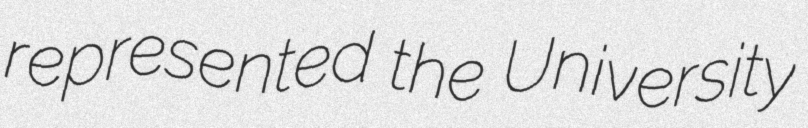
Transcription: represented the University